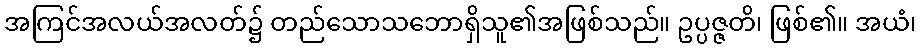
အကြင်အလယ်အလတ်၌ တည်သောသဘောရှိသူ၏အဖြစ်သည်။ ဥပ္ပဇ္ဇတိ၊ ဖြစ်၏။ အယံ၊